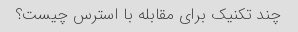
چند تکنیک برای مقابله با استرس چیست؟